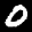
Label: 0